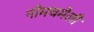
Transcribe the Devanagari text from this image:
नीमचमेली